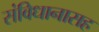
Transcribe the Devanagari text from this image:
संविधानासह